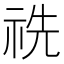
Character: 𥙝